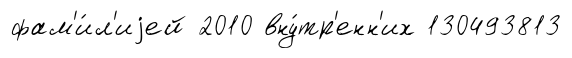
фам'и́л'иjей 2010 вну́тр'енн'их 130493813